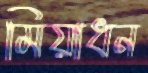
মিয়াধন